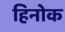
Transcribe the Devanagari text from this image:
हिनोक